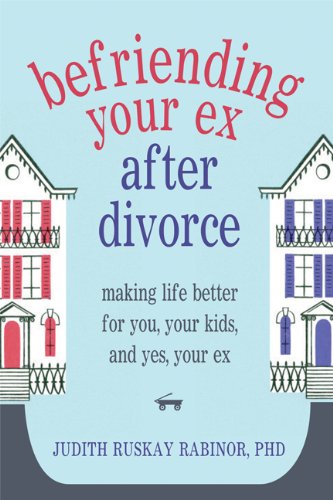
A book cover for Befriending Your Ex after Divorce: Making Life Better for You, Your Kids, and, Yes, Your Ex; Judith Ruskay Rabinor; Parenting & Relationships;